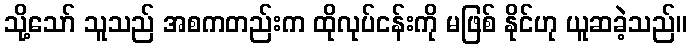
သို့သော် သူသည် အစကတည်းက ထိုလုပ်ငန်းကို မဖြစ် နိုင်ဟု ယူဆခဲ့သည်။